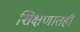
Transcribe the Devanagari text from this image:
शिक्षणातही